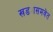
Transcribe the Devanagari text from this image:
खड्यासमवेत